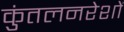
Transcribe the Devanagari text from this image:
कुंतलनरेशों